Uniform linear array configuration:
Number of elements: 48
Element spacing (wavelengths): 0.75
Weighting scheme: hamming
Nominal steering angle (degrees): -15
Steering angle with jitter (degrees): -15.297
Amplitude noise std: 0.05
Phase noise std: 0.05

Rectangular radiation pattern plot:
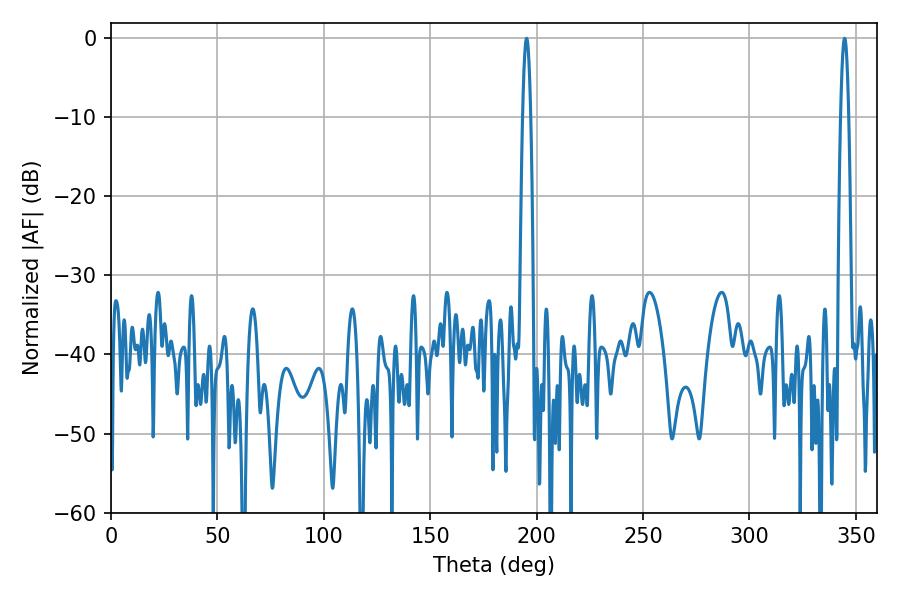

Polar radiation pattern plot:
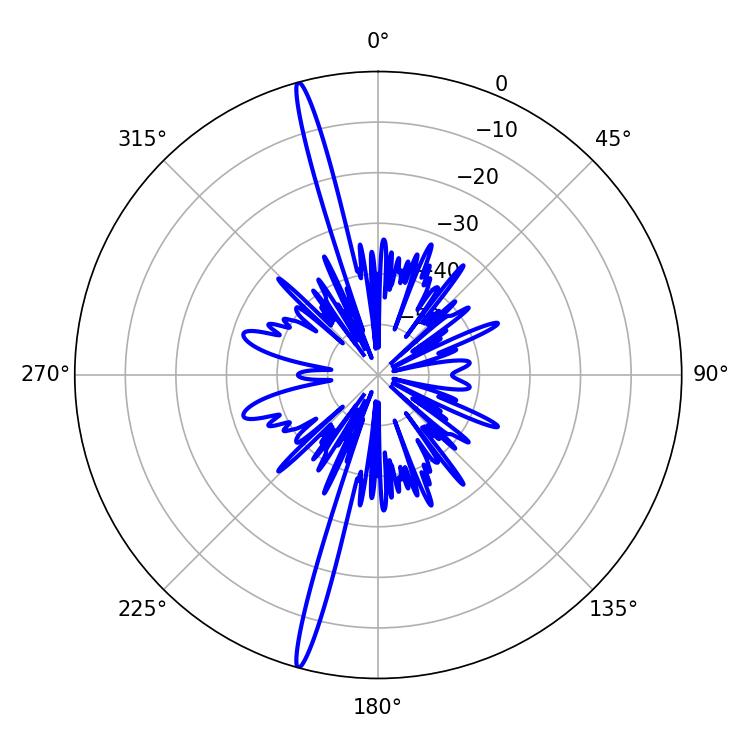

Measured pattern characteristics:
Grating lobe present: TRUE
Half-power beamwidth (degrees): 2.16
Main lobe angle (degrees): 344.7